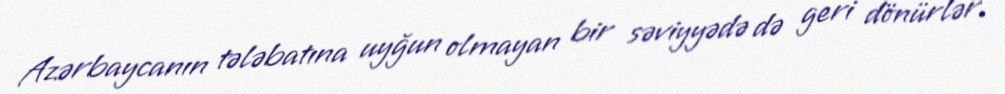
Azərbaycanın tələbatına uyğun olmayan bir səviyyədə də geri dönürlər.